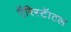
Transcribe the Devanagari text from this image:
एॅरिस्टॅाटल